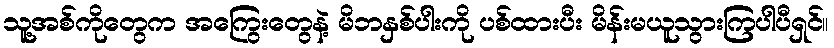
သူ့အစ်ကိုတွေက အကြွေးတွေနဲ့ မိဘနှစ်ပါးကို ပစ်ထားပီး မိန်းမယူသွားကြပါပီရှင်။